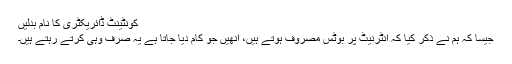
کونٹینٹ ڈائریکٹری کا نام بدلیں
جیسا کہ ہم نے ذکر کیا کہ انٹرنیٹ پر بوٹس مصروف ہوتے ہیں، انھیں جو کام دیا جاتا ہے یہ صرف وہی کرتے رہتے ہیں۔